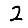
Digit: 2